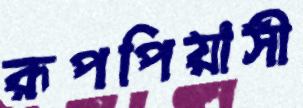
রূপপিয়াসী